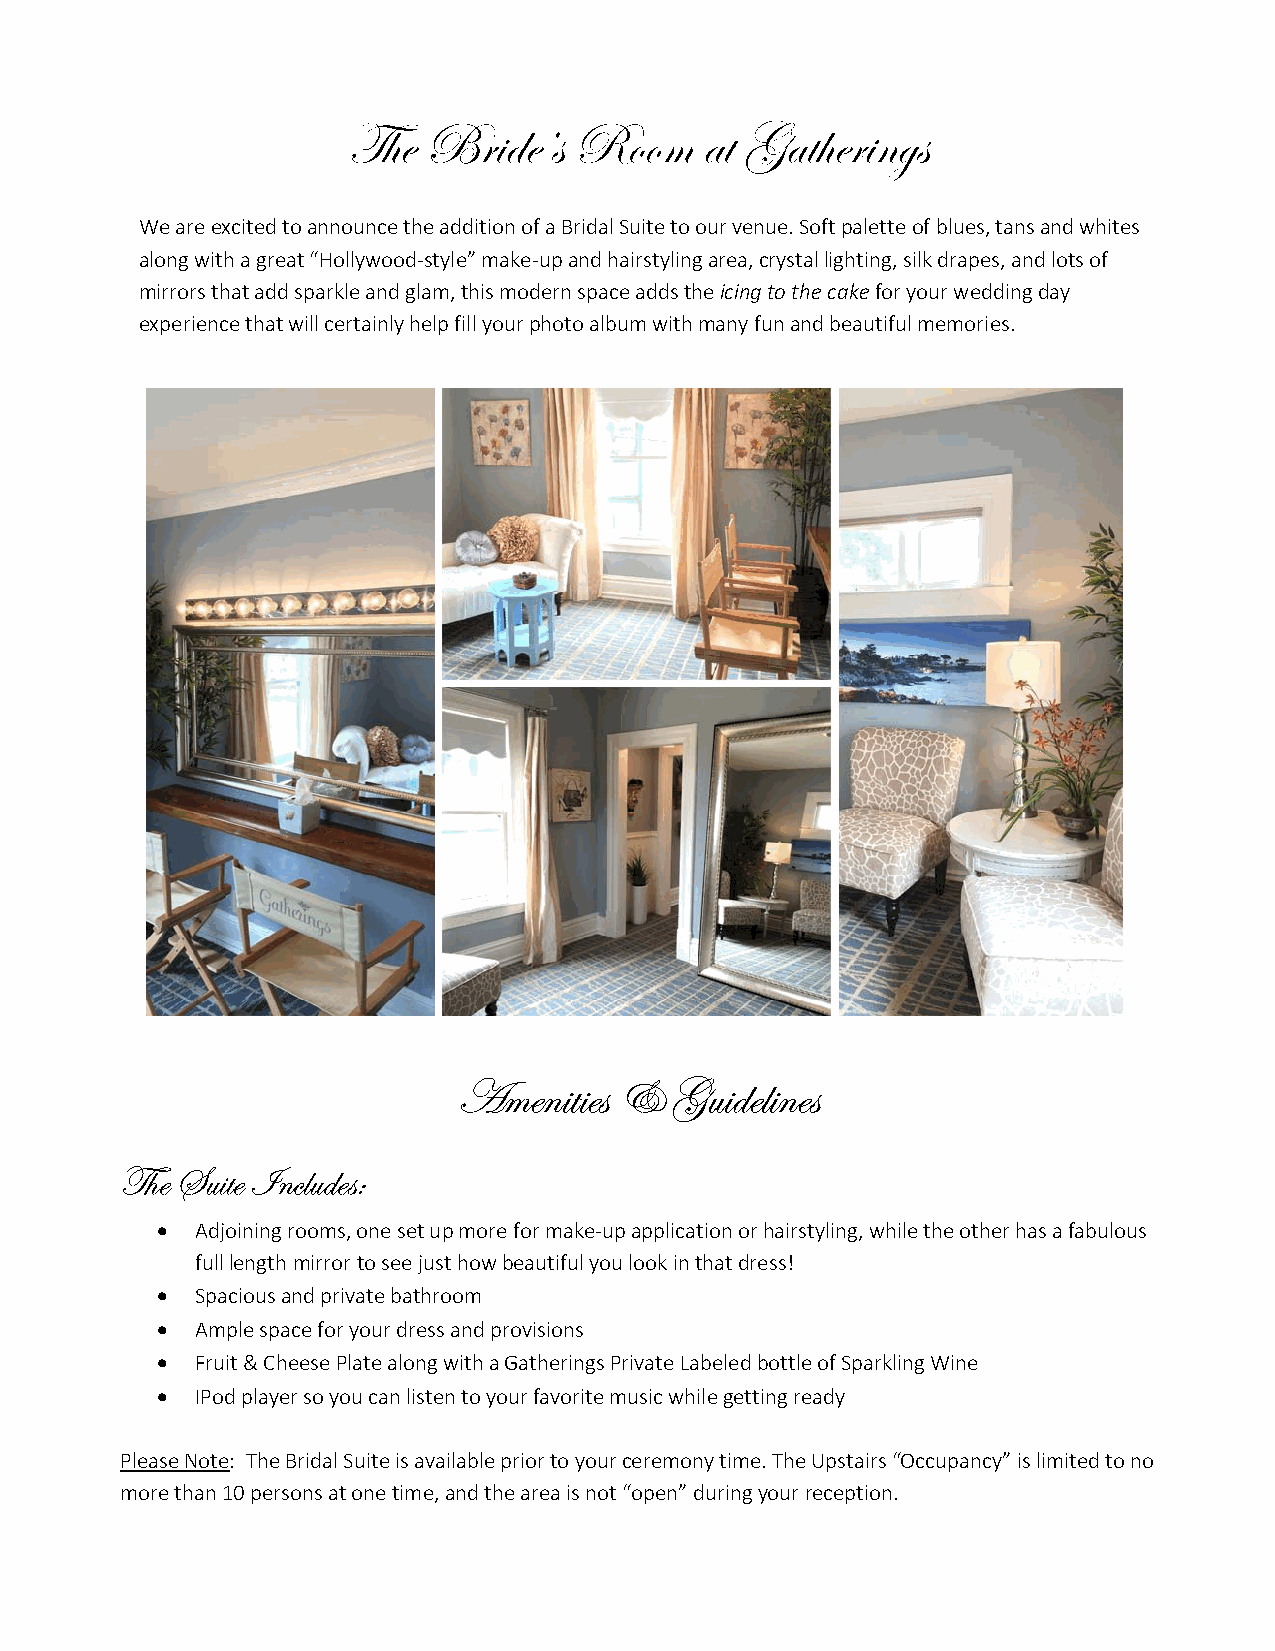
g{x  UÜ|wxËá   eÉÉÅ     tà Ztà{xÜ|Çzá
 We are excited to announce the addition of a Bridal Suite to our venue. Soft palette of blues, tans and whites
 along with a great “Hollywood‐style” make‐up and hairstyling area, crystal lighting, silk drapes, and lots of
 mirrors that add sparkle and glam, this modern space adds the icing to the cake for your wedding day
 experience that will certainly help fill your photo album with many fun and beautiful memories.
 TÅxÇ|à|xá  9  Zâ|wxÄ|Çxá
 g{x fâ|àx \ÇvÄâwxáM
   Adjoining rooms, one set up more for make‐up application or hairstyling, while the other has a fabulous
 full length mirror to see just how beautiful you look in that dress!
   Spacious and private bathroom
   Ample space for your dress and provisions
   Fruit & Cheese Plate along with a Gatherings Private Labeled bottle of Sparkling Wine
   IPod player so you can listen to your favorite music while getting ready
 Please Note: The Bridal Suite is available prior to your ceremony time. The Upstairs “Occupancy” is limited to no
 more than 10 persons at one time, and the area is not “open” during your reception.